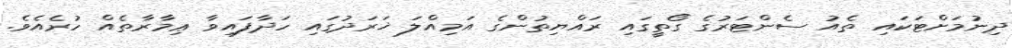
ދިނުމަށްޓަކައި ތެއު ސެންޓަރުގެ ގޯތީގައި ރައްޔިތުންގެ އަމިއްލަ ޚަރަދުގައި ހަދާފައިވާ ޢިމާރާތެއް ހުރެއެވެ.